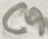
Text: C9